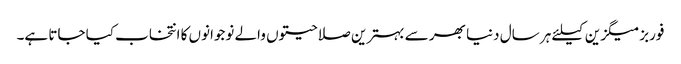
فوربز میگزین کیلئے ہر سال دنیا بھر سے بہترین صلاحیتوں والے نوجوانوں کا انتخاب کیا جاتا ہے۔